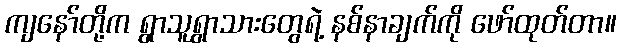
ကျနော်တို့က ရွာသူရွာသားတွေရဲ့ နစ်နာချက်ကို ဖော်ထုတ်တာ။